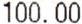
100.00